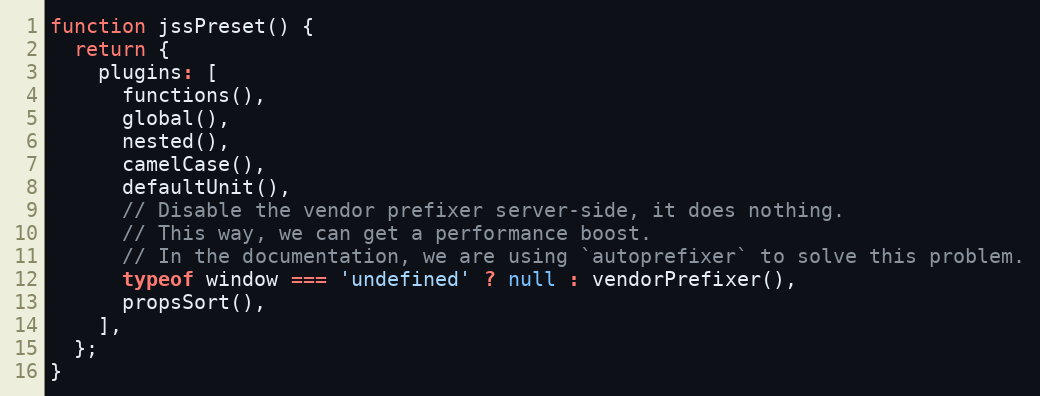
Language: JavaScript
function jssPreset() {
  return {
    plugins: [
      functions(),
      global(),
      nested(),
      camelCase(),
      defaultUnit(),
      // Disable the vendor prefixer server-side, it does nothing.
      // This way, we can get a performance boost.
      // In the documentation, we are using `autoprefixer` to solve this problem.
      typeof window === 'undefined' ? null : vendorPrefixer(),
      propsSort(),
    ],
  };
}